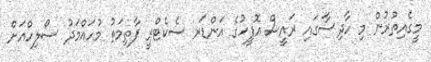
މީގެއިތުރުން މި ހާދިސާގައި ރައީސް އޮފީހުގެ އަންޑަރ ސެކެޓްރީ ފާތިމަތު މުހައްމަދު ސޯލިހްއަށް